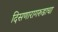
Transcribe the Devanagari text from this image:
दिसणारागरुडाचा